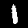
Label: 1